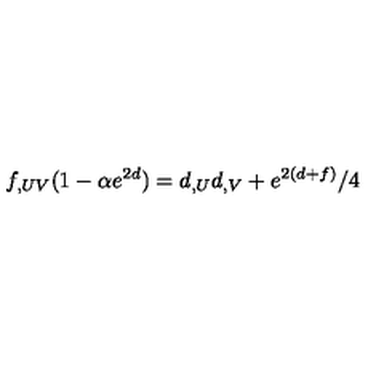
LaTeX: f _ { , U V } ( 1 - \alpha e ^ { 2 d } ) = d _ { , U } d _ { , V } + e ^ { 2 ( d + f ) } / 4